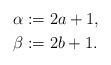
LaTeX: \begin{align*} \alpha&:=2a+1, \\ \beta&:=2b+1.\end{align*}